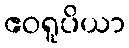
ဧဝရူပိယာ